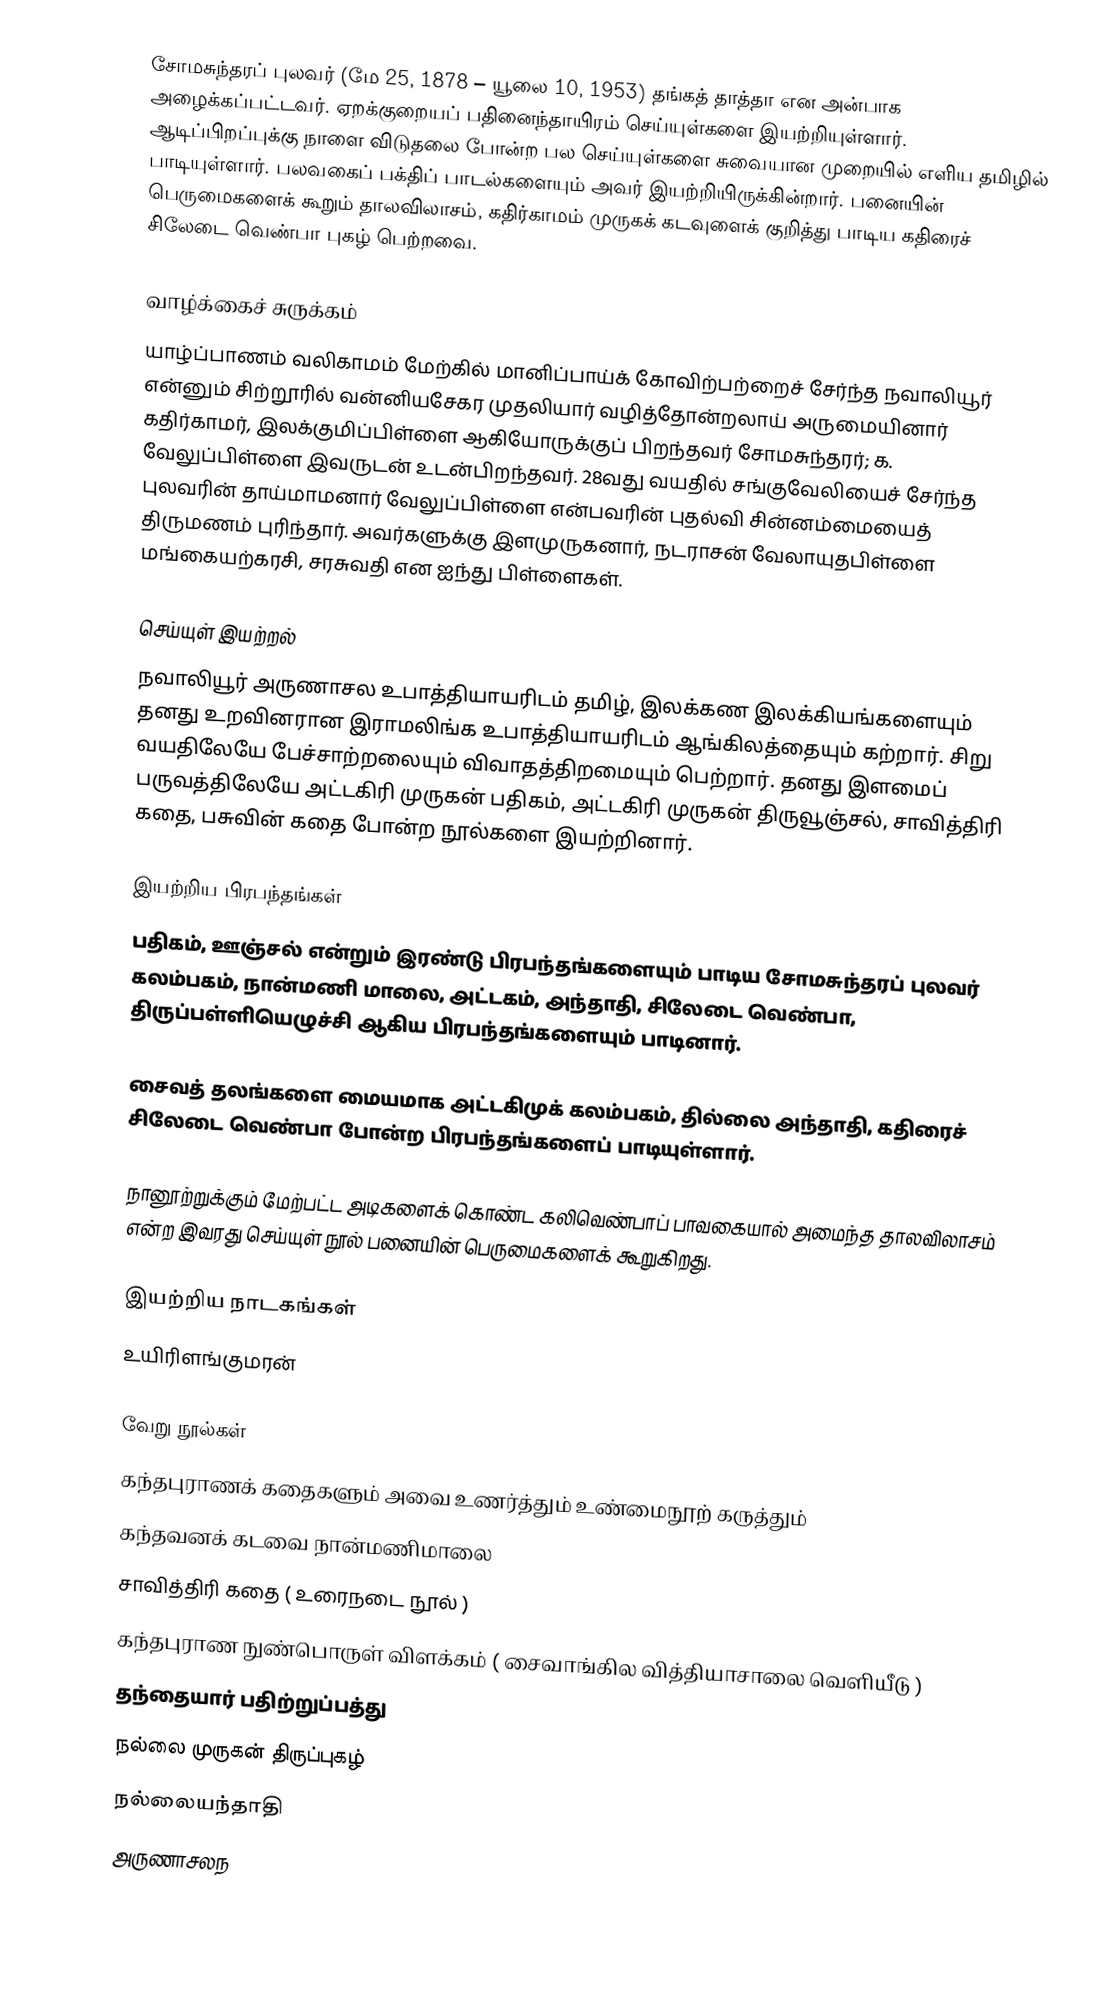
சோமசுந்தரப் புலவர் (மே 25, 1878 – யூலை 10, 1953) தங்கத் தாத்தா என அன்பாக அழைக்கப்பட்டவர். ஏறக்குறையப் பதினைந்தாயிரம் செய்யுள்களை இயற்றியுள்ளார். ஆடிப்பிறப்புக்கு நாளை விடுதலை போன்ற பல செய்யுள்களை சுவையான முறையில் எளிய தமிழில் பாடியுள்ளார். பலவகைப் பக்திப் பாடல்களையும் அவர் இயற்றியிருக்கின்றார். பனையின் பெருமைகளைக் கூறும் தாலவிலாசம், கதிர்காமம் முருகக் கடவுளைக் குறித்து பாடிய கதிரைச் சிலேடை வெண்பா புகழ் பெற்றவை.

வாழ்க்கைச் சுருக்கம்
யாழ்ப்பாணம் வலிகாமம் மேற்கில் மானிப்பாய்க் கோவிற்பற்றைச் சேர்ந்த நவாலியூர் என்னும் சிற்றூரில் வன்னியசேகர முதலியார் வழித்தோன்றலாய் அருமையினார் கதிர்காமர், இலக்குமிப்பிள்ளை ஆகியோருக்குப் பிறந்தவர் சோமசுந்தரர்; க. வேலுப்பிள்ளை இவருடன் உடன்பிறந்தவர். 28வது வயதில் சங்குவேலியைச் சேர்ந்த புலவரின் தாய்மாமனார் வேலுப்பிள்ளை என்பவரின் புதல்வி சின்னம்மையைத் திருமணம் புரிந்தார். அவர்களுக்கு இளமுருகனார், நடராசன் வேலாயுதபிள்ளை மங்கையற்கரசி, சரசுவதி என ஐந்து பிள்ளைகள்.

செய்யுள் இயற்றல்
நவாலியூர் அருணாசல உபாத்தியாயரிடம் தமிழ், இலக்கண இலக்கியங்களையும் தனது உறவினரான இராமலிங்க உபாத்தியாயரிடம் ஆங்கிலத்தையும் கற்றார். சிறு வயதிலேயே பேச்சாற்றலையும் விவாதத்திறமையும் பெற்றார். தனது இளமைப் பருவத்திலேயே அட்டகிரி முருகன் பதிகம், அட்டகிரி முருகன் திருவூஞ்சல், சாவித்திரி கதை, பசுவின் கதை போன்ற நூல்களை இயற்றினார்.

இயற்றிய பிரபந்தங்கள்
பதிகம், ஊஞ்சல் என்றும் இரண்டு பிரபந்தங்களையும் பாடிய சோமசுந்தரப் புலவர் கலம்பகம், நான்மணி மாலை, அட்டகம், அந்தாதி, சிலேடை வெண்பா, திருப்பள்ளியெழுச்சி ஆகிய பிரபந்தங்களையும் பாடினார்.

சைவத் தலங்களை மையமாக அட்டகிமுக் கலம்பகம், தில்லை அந்தாதி, கதிரைச் சிலேடை வெண்பா போன்ற பிரபந்தங்களைப் பாடியுள்ளார்.

நானூற்றுக்கும் மேற்பட்ட அடிகளைக் கொண்ட கலிவெண்பாப் பாவகையால் அமைந்த தாலவிலாசம் என்ற இவரது செய்யுள் நூல் பனையின் பெருமைகளைக் கூறுகிறது.

இயற்றிய நாடகங்கள்
உயிரிளங்குமரன்

வேறு நூல்கள்
 கந்தபுராணக் கதைகளும் அவை உணர்த்தும் உண்மைநூற் கருத்தும்
 கந்தவனக் கடவை நான்மணிமாலை
 சாவித்திரி கதை ( உரைநடை நூல் )
 கந்தபுராண நுண்பொருள் விளக்கம் ( சைவாங்கில வித்தியாசாலை வெளியீடு )
 தந்தையார் பதிற்றுப்பத்து
 நல்லை முருகன் திருப்புகழ்
 நல்லையந்தாதி
 அருணாசலந